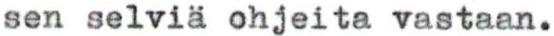
sen selviä ohjeita vastaan.